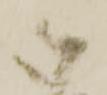
御